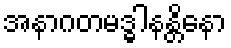
အနာဂတမဒ္ဓါနန္တိနော